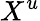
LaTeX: X^{u}